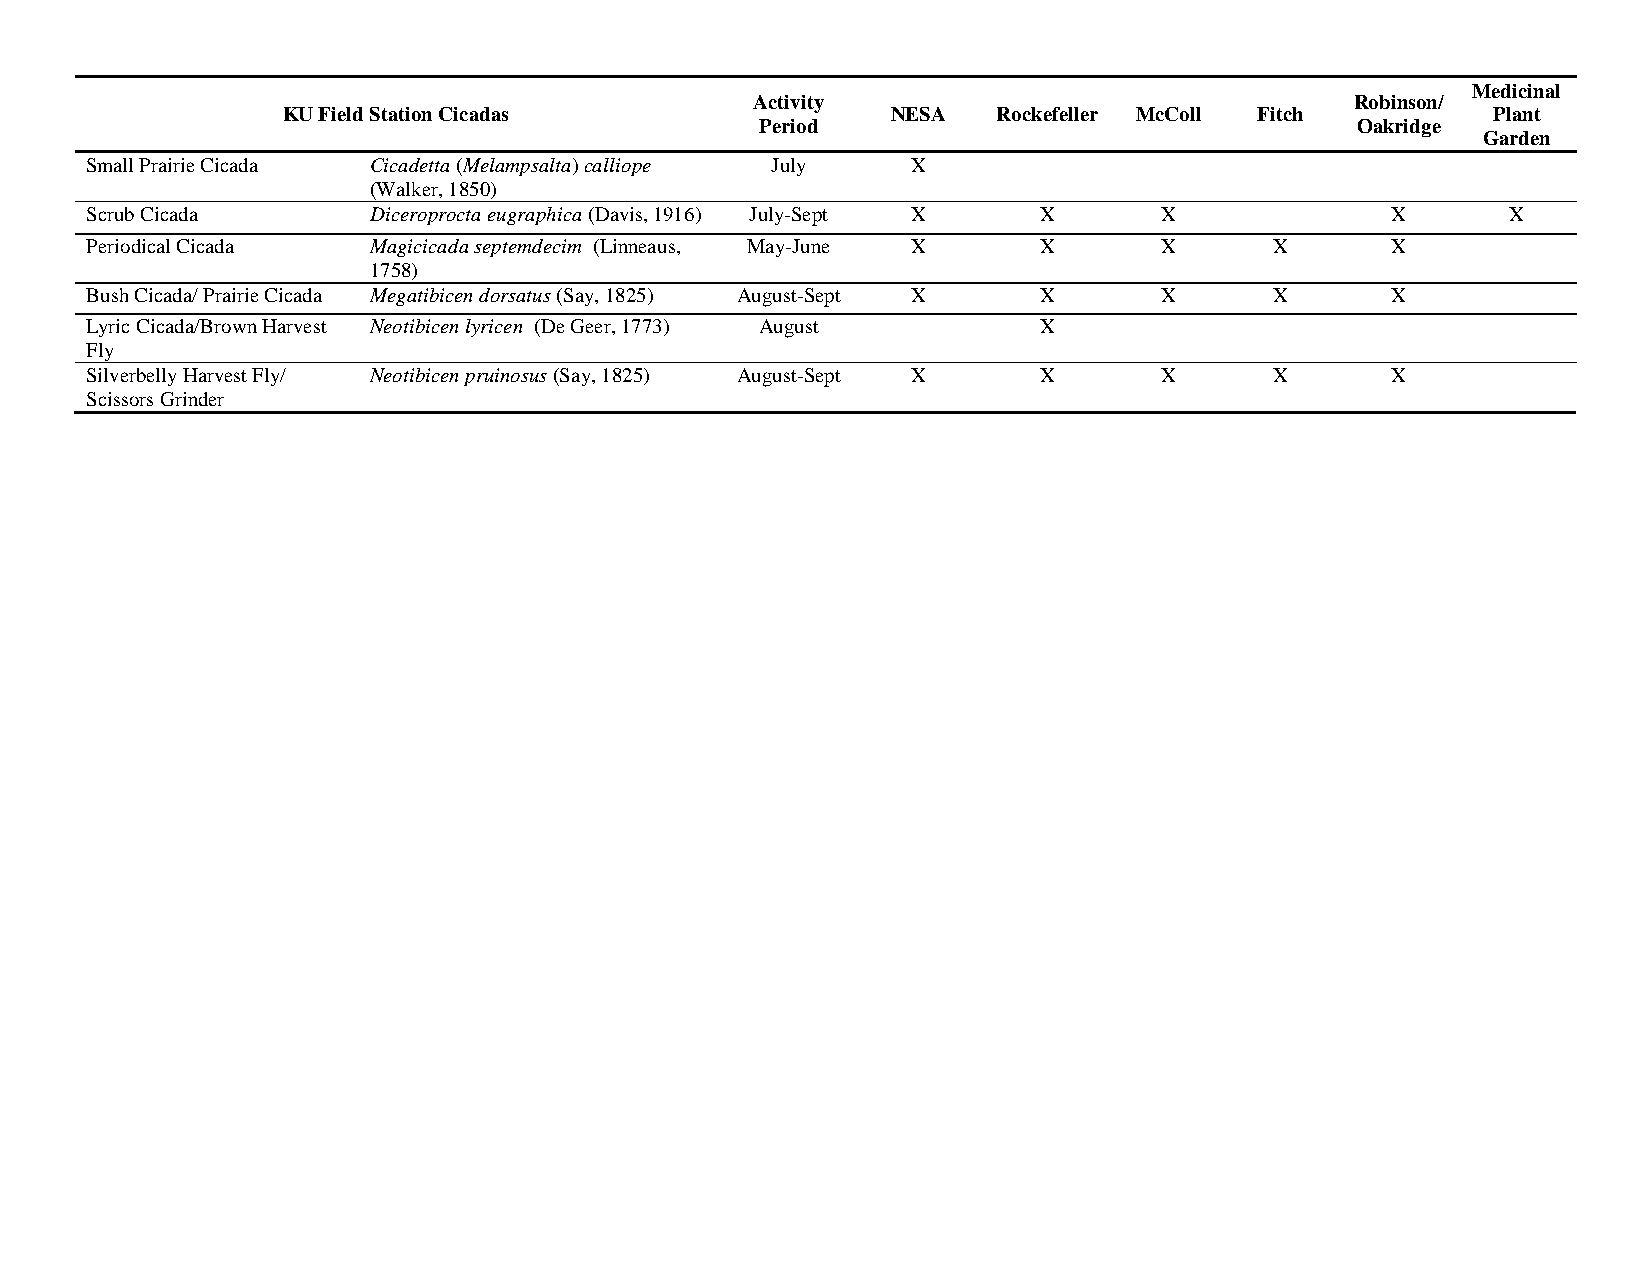
Medicinal
 Activity                                Robinson/
 KU Field Station Cicadas                NESA   Rockefeller McColl Fitch         Plant
 Period                                  Oakridge
 Garden
 Small Prairie Cicada Cicadetta (Melampsalta) calliope July X
 (Walker, 1850)
 Scrub Cicada      Diceroprocta eugraphica (Davis, 1916) July-Sept X X  X              X       X
 Periodical Cicada Magicicada septemdecim (Linneaus, May-June X X       X      X       X
 1758)
 Bush Cicada/ Prairie Cicada Megatibicen dorsatus (Say, 1825) August-Sept X X X X      X
 Lyric Cicada/Brown Harvest Neotibicen lyricen (De Geer, 1773) August X
 Fly
 Silverbelly Harvest Fly/ Neotibicen pruinosus (Say, 1825) August-Sept X X X   X       X
 Scissors Grinder